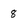
Character: 8